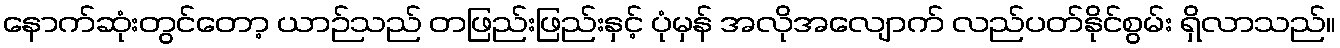
နောက်ဆုံးတွင်တော့ ယာဉ်သည် တဖြည်းဖြည်းနှင့် ပုံမှန် အလိုအလျောက် လည်ပတ်နိုင်စွမ်း ရှိလာသည်။